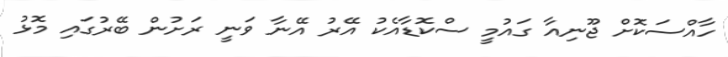
ހާއްސަކޮށް ޖޫނިއާ ގައުމީ ސްކޮޑާއެކު އޭރު އޭނާ ވަނީ ރަށުން ބޭރުގައި މޮޅު